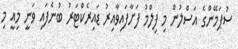
ސުޕަމޭންގެ އަސްލުން މި ފިލްމު ފަށާފައިވާއިރު ޑައިރެކްޓަރު ބުނެފައި ވަނީ މިއީ މި